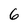
Character: 6